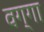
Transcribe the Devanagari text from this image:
वग्गा